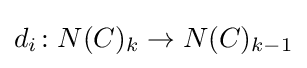
d_{i}\colon N(C)_{k}\to N(C)_{k-1}